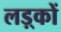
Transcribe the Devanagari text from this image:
लड़्कों